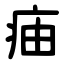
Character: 㾄